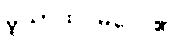
မူယာထင်မိလေ၏။